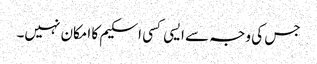
جس کی وجہ سے ایسی کسی اسکیم کا امکان نہیں۔